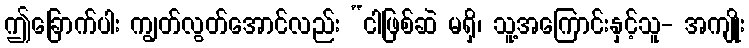
ဤခြောက်ပါး ကျွတ်လွတ်အောင်လည်း “ငါဖြစ်ဆဲ မရှိ၊ သူ့အကြောင်းနှင့်သူ- အကျိုး